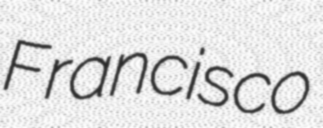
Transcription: Francisco